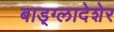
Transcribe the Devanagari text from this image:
बाड़्ग्लादेशेर